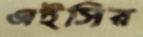
এইসির